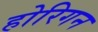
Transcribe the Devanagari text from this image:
होरिगन